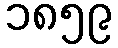
၁၈၅၉